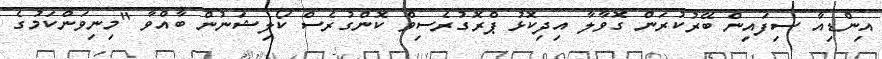
އިންޑިއާ ސިފައިން ބޭރުކުރަން ގޮވާލާ އިދިކޮޅު ޕްރޮގުރެސިވް ކޮންގުރެސް ކޯލިޝަނުން ބާއްވާ "މިނިވަންކަމުގެ